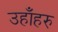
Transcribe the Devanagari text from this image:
उहाँहरु